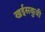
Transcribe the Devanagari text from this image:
खईसकुत्री